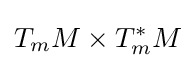
T_{m}M\times T_{m}^{*}M